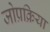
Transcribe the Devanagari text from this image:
जोप्रक्रिया